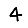
Digit: 4